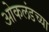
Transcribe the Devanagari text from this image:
ओकलंडच्या